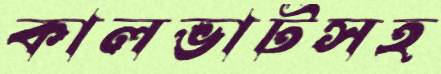
কালভার্টসহ